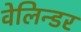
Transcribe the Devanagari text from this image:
वेलिन्डर